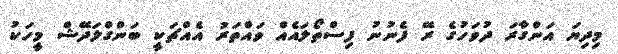
މިދިޔަ އަންގާރަ ދުވަހުގެ ރޭ ފެނުނު ފިސްތޯލައެއް ވައްތަރު އެއްޗަކީ ބަންގްލަދޭޝް މީހަކު